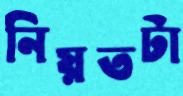
নিয়তটা